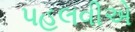
પહલવીએ